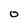
Character: O